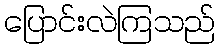
ပြောင်းလဲကြသည်